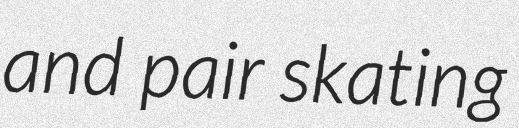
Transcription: and pair skating